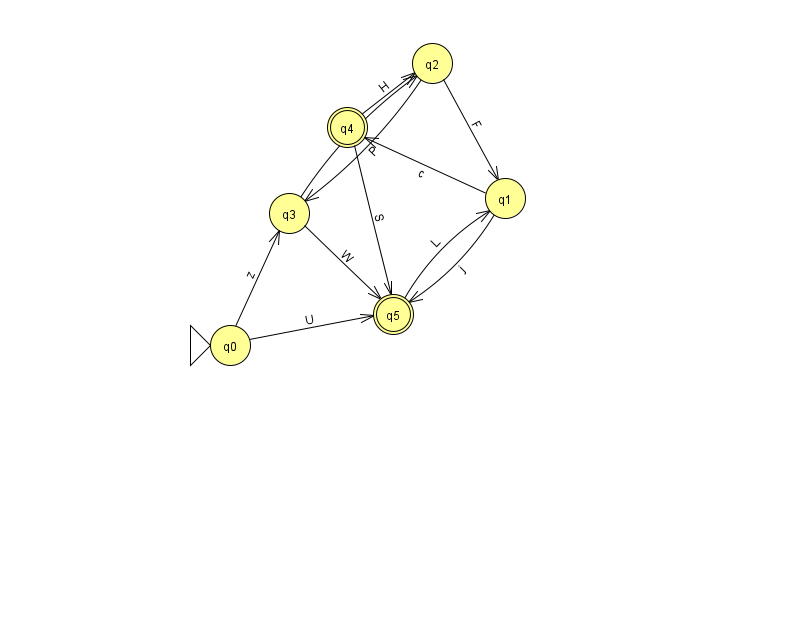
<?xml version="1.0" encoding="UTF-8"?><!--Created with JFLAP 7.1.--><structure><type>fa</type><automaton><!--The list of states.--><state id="0" name="q0"><x>230.0</x><y>332.0</y><initial/></state><state id="1" name="q1"><x>505.0</x><y>185.0</y></state><state id="2" name="q2"><x>432.0</x><y>50.0</y></state><state id="3" name="q3"><x>289.0</x><y>200.0</y></state><state id="4" name="q4"><x>347.0</x><y>114.0</y><final/></state><state id="5" name="q5"><x>393.0</x><y>301.0</y><final/></state><!--The list of transitions.--><transition><from>0</from><to>3</to><read>z</read></transition><transition><from>5</from><to>1</to><read>L</read></transition><transition><from>1</from><to>5</to><read>j</read></transition><transition><from>4</from><to>5</to><read>S</read></transition><transition><from>0</from><to>5</to><read>U</read></transition><transition><from>2</from><to>3</to><read>P</read></transition><transition><from>2</from><to>1</to><read>F</read></transition><transition><from>1</from><to>4</to><read>c</read></transition><transition><from>3</from><to>2</to><read>u</read></transition><transition><from>3</from><to>5</to><read>W</read></transition><transition><from>4</from><to>2</to><read>H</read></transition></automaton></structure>